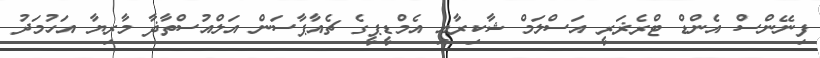
ފިނޭންސް އެންޑް ޓްރެޜަރީ އަސްލަމް ޝާކިރާއި އެމްޑީޕީގެ ޗެއާޕާސަން އަލްއުސްތާޛާ މާރިޔާ އަހުމަދު